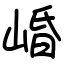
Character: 崏